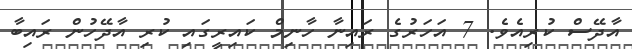
އާދޭސް ކުރިއެވެ. 7 އަހަރުގެ ރައިނާ ހާނިމް ކައިރީގައި ކުރި އާދޭހުން ރައިބާ